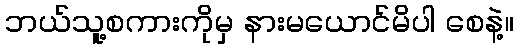
ဘယ်သူ့စကားကိုမှ နားမယောင်မိပါ စေနဲ့။